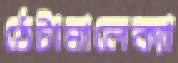
ঠেটামালেক্যা